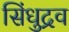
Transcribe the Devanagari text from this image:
सिंधुद्रव